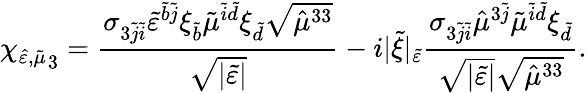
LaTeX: {\chi_{\hat{\varepsilon},\tilde{\mu}}}_{3}=\frac{\sigma_{3\tilde{j}\tilde{i}}\tilde{\varepsilon}^{\tilde{b}\tilde{j}}\xi_{\tilde{b}}\tilde{\mu}^{\tilde{i}\tilde{d}}\xi_{\tilde{d}}\sqrt{\hat{\mu}^{33}}}{\sqrt{\lvert\tilde{{\varepsilon}}\rvert}}-i\lvert\tilde{\xi}\rvert_{\tilde{\varepsilon}}\frac{\sigma_{3\tilde{j}\tilde{i}}\hat{\mu}^{3\tilde{j}}\tilde{\mu}^{\tilde{i}\tilde{d}}\xi_{\tilde{d}}}{\sqrt{\lvert\tilde{\varepsilon}\rvert}\sqrt{\hat{\mu}^{33}}}.